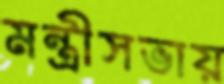
মন্ত্রীসভায়